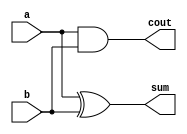
module HA_Dataflow(a,b,sum,cout);
  input a,b;
  output sum,cout;
  
  assign #5 sum = a^b;
  assign #5 cout = a & b;
endmodule